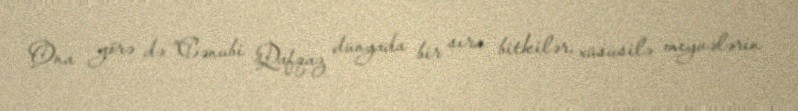
Ona görə də "Cənubi Qafqaz dünyada bir sıra bitkilər, xüsusilə meyvələrin